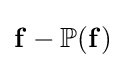
\mathbf {f} -\mathbb {P} (\mathbf {f} )